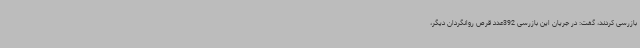
بازرسی کردند، گفت: در جریان این بازرسی 392عدد قرص روانگردان دیگر،